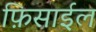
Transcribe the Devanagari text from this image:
फ़िसाईल